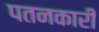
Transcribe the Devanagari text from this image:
पतनकारी